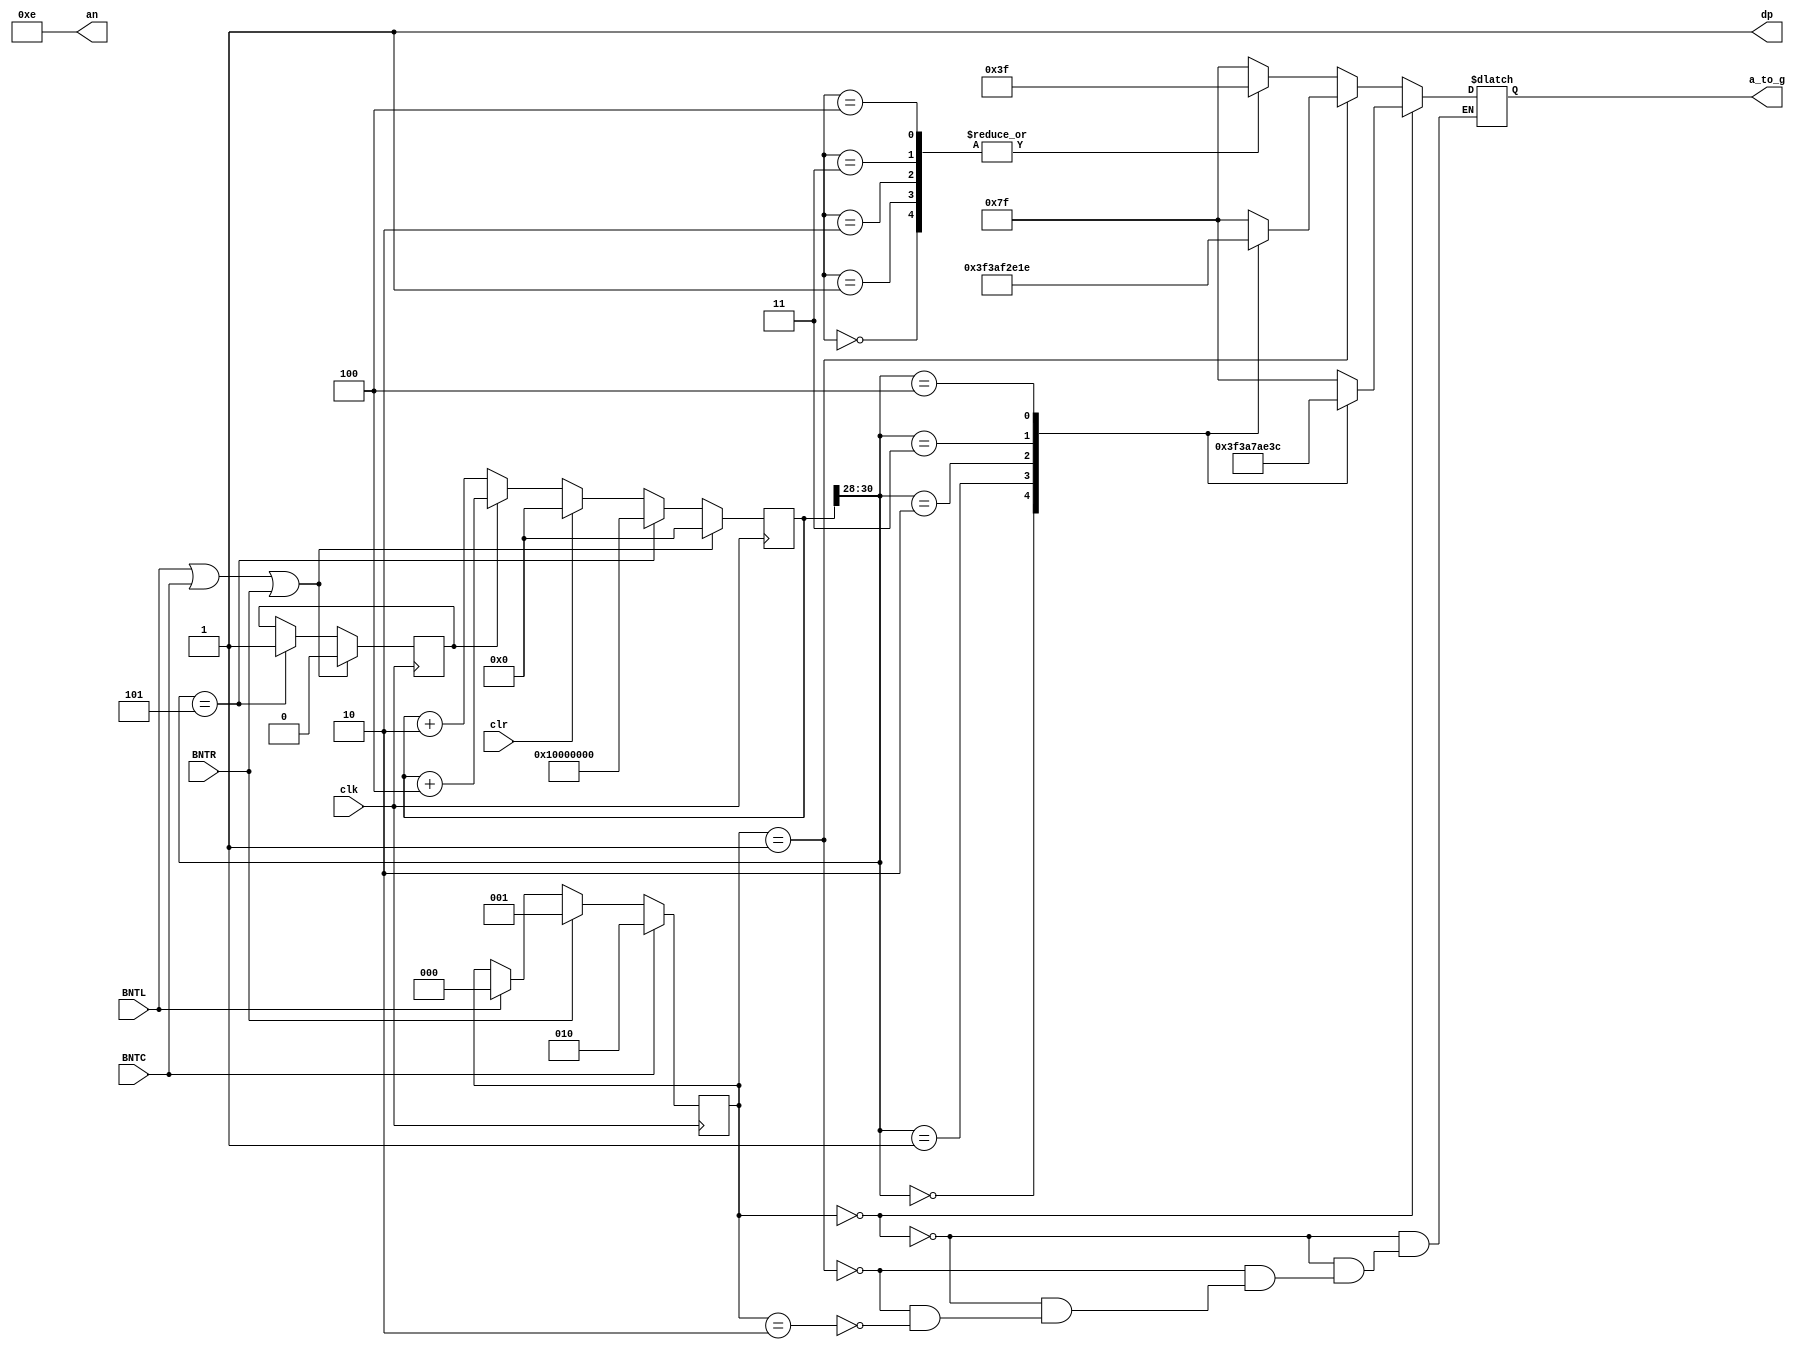
`timescale 1ns / 1ps

module dancing_segment(
    input clk,
    input clr,
    input BNTR,
     input BNTL, 
     input BNTC,       
    output reg [6:0] a_to_g,
    output wire [3:0] an,
    output wire dp 
);
reg  [30:0] clkdiv;	 	 
wire [2:0] state= clkdiv[30:28]; 
reg  [3:0] digit;
reg [2:0] rotation=3'b010;
reg flag=0;
assign dp = 1;			 
assign an = 4'b1110; 

always @(posedge clk) begin
 if(BNTL)
 begin
     rotation=2'b00;
 end
 if(BNTR)
 begin
     rotation=2'b01;
 end
 if(BNTC)
 begin
     rotation=2'b10;
  end
end

always @(*)
begin
   if(rotation==0)
    begin
         case(state)
         //////////<---MSB-LSB<---
         //////////////gfedcba//////////////                                        
         0:a_to_g = 7'b0111111;                                                                 
         1:a_to_g = 7'b0011101;                                               
         2:a_to_g = 7'b0011110;                                                               
         3:a_to_g = 7'b1011100;                                           
         4:a_to_g = 7'b0111100;                                                       
         default: a_to_g = 7'b1111111;
         endcase
  
    end

   else if(rotation==1)
    begin
      a_to_g = 7'b0111111;
    
       case(state)
       
       //////////<---MSB-LSB<---
       //////////////gfedcba////////////////                                          
       0:a_to_g = 7'b0111111;                                                         
       1:a_to_g = 7'b0011101;                                                 
       2:a_to_g = 7'b0111100;                                                  
       3:a_to_g = 7'b1011100;                                                 
       4:a_to_g = 7'b0011110;                                     
       
       default: a_to_g = 7'b1111111; ///
       endcase
    
   end

   else if(rotation==2)
    begin
       case(digit)
       
       //////////<---MSB-LSB<---
       //////////////gfedcba///////////////   
       0:a_to_g = 7'b0111111;                                                              
       1:a_to_g = 7'b0111111;                                             
       2:a_to_g = 7'b0111111;                                                  
       //                                                              
       3:a_to_g = 7'b0111111;                                                       
       4:a_to_g = 7'b0111111;                                          
       
       default: a_to_g = 7'b1111111; 
   endcase
   end
end


always @(posedge clk) begin
if ( clr == 1)
begin
	clkdiv <= 0;
end
else
if(flag==0)
	clkdiv <= clkdiv+2;
else
	clkdiv <= clkdiv+4;    	
	
if(state==5)
    begin
	clkdiv[30:0]<=31'b0010000000000000000000000000000;
	flag<=1;
	end
if(BNTL==1||BNTC==1||BNTR==1)
begin
        clkdiv<=0;
        flag<=0;
 end
end


endmodule